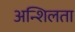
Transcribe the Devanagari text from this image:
अन्शिलता